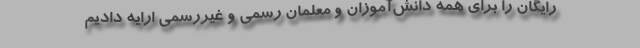
رایگان را برای همه دانش‌آموزان و معلمان رسمی و غیررسمی ارایه دادیم